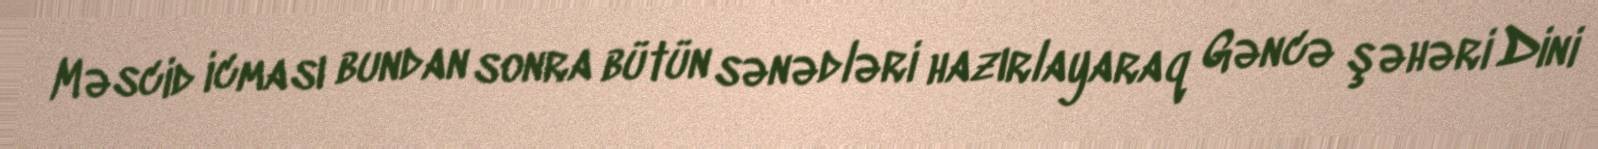
Məscid icması bundan sonra bütün sənədləri hazırlayaraq Gəncə şəhəri Dini